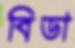
বিডা